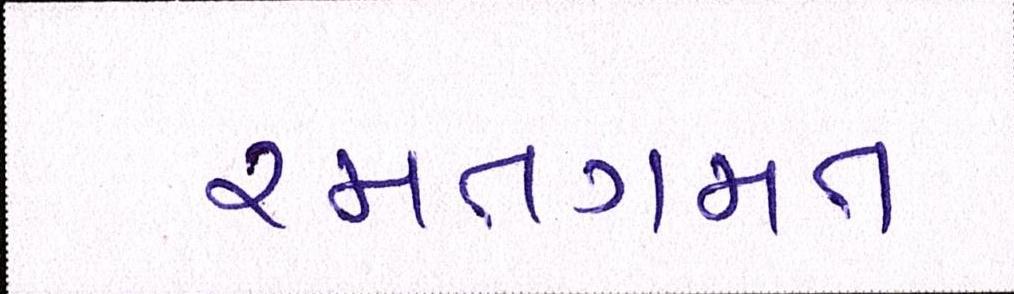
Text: રમતગમત